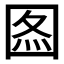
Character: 𡇫